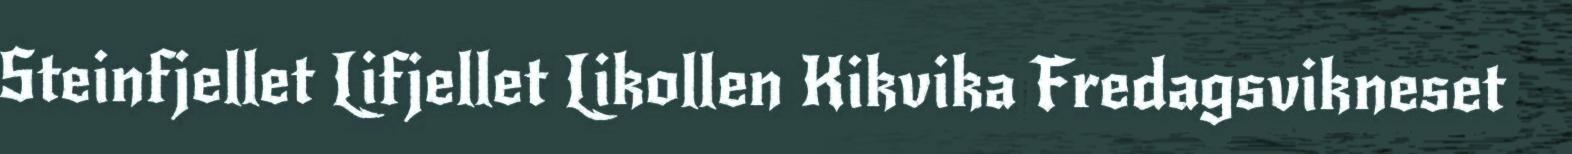
Steinfjellet Lifjellet Likollen Kikvika Fredagsvikneset